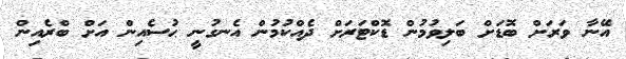
އޭނާ ވަރަށް ބޮޑަށް ބަލިވުމުން ޑޮކްޓަރަށް ދެއްކުމުން އެނގުނީ ޙުސެއިން އަށް ބްރެއިން